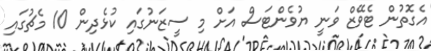
އެގޮތުން ޓެވޭޒް ވަނީ ޔުވެންޓަސް އަށް މި ސީޒަނުގައި ކުޅެދިން 10 މެޗުގައި